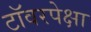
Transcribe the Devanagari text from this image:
टॉवरपेक्षा